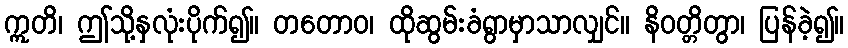
ဣတိ၊ ဤသို့နှလုံးပိုက်၍။ တတောဝ၊ ထိုဆွမ်းခံရွာမှာသာလျှင်။ နိဝတ္တိတွာ၊ ပြန်ခဲ့၍။